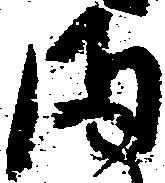
ま